Annual statistical returns and brief notes on vaccination in Bengal - 1896-1909
Year: 1896
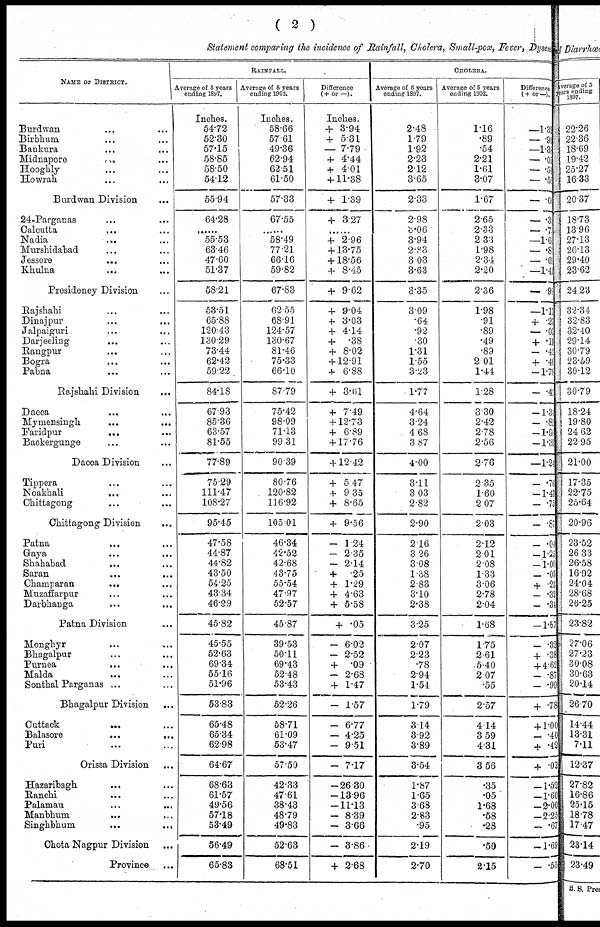
( 2 )
Statement comparing the incidence of Rainfall, Cholera, Small-pox, Fever, Dysen
NAME OF DISTRICT.
Burdwan ... ...
Birbhum ... ...
Bankura ... ...
Midnapore
...
...
Hooghly ... ...
Howrah ... ...
Burdwan Division ...
24-Parganas ... ...
Calcutta
...
...
Nadia
...
...
Murshidabad ... ...
Jessore ... ...
Khulna
...
...
Presidency Division ...
Rajshahi ... ...
Dinajpur
...
...
Jalpaiguri ... ...
Darjeeling ... ...
Bangpur ... ...
Bogra ... ...
Pabna ... ...
Rajshahi Division ...
Dacca ... ...
Mymensingh ... ...
Faridpur
...
...
Backergunge ... ...
Dacca Division ... ...
Tippera ... ...
Noakbali
...
...
Chittagong ... ...
Chittagong Division
...
Patna ... ...
Gaya ... ...
Shahabad
...
...
Saran
...
...
Champaran
...
...
Muzaffarpur ... ...
Darbhanga ... ...
Patna Division ...
Monghyr ... ...
Bhagalpur ... ...
Purnea
...
...
Malda
...
...
Sonthal Parganas ...
Bhagalpur Division ...
Cuttack ... ...
Balasore ... ...
Puri ... ...
Orissa Division ...
Hazaribagh ... ...
Ranchi ... ...
Palamau ... ...
Manbhum ... ...
Singhbhum
...
...
Chota Nagpur Division ...
Province ...
RAINFALL.
Average of 5 years
ending 1897.
Inches.
54.72
52.30
57.15
58.85
58.50
54.12
55.94
64.28
......
55.53
63.46
47.60
51.37
58.21
53.51
65.88
120.43
130.29
73.44
62.42
59.22
84.18
67.93
85.36
63.57
81.55
77.89
75.29
111.47
108.27
95.45
47.58
44.87
44.82
43.50
54.25
43.34
46.99
45.82
45.55
52.63
69.34
55.16
51.96
53.83
65.48
65.34
62.98
64.67
68.63
61.57
49.56
57.18
53.49
56.49
65.83
Average of 5 years
ending 1902.
Inches.
58.66
57.61
49.36
62.94
62.51
61.50
57.33
67.55
......
58.49
77.21
66.16
59.82
67.83
62.55
68.91
124.57
130.67
81.46
75.33
66.10
87.79
75.42
98.09
71.13
99.31
90.39
80.76
120.82
116.92
105.01
46.34
42.52
42.68
43.75
55.54
47.97
52.57
45.87
39.53
50.11
69.43
52.48
53.43
52.26
58.71
61.09
53.47
57.50
42.33
47.61
38.43
48.79
49.83
52.63
68.51
Difference
(+or—).
Inches.
+ 3.94
+ 5.31
— 7.79
+ 4.44
+ 4.01
+ 11.38
+ 1.39
+ 3.27
......
+ 2.96
+ 13.75
+18.56
+ 8.45
+ 9.62
+ 9.04
+ 3.03
+ 4.14
+
.38
+ 8.02
+ 12.91
+ 6.88
+ 3.61
+ 7.49
+ 12.73
+ 6.89
+ 17.76
+ 12.42
+ 5.47
+ 9.35
+ 8.65
+ 9.56
— 1.24
— 2.35
— 2.14
+ .25
+ 1.29
+ 4.63
+ 5.58
+ .05
— 6.02
— 2.52
+ .09
— 2.68
+ 1.47
— 1.57
— 6.77
— 4.25
— 9.51
— 7.17
—26.30
—13.96
—11.13
— 8.39
— 3.66
— 3.86
+ 2.68
CHOLERA.
Average of 5 years
ending 1897.
2.48
1.79
1.92
2.23
2.12
3.65
2.33
2.98
3.06
3.94
2.83
3.03
3.63
3.35
3.09
.64
.92
.30
1.31
1.55
3.23
1.77
4.64
3.24
4.68
3.87
4.00
3.11
3.03
2.82
2.90
2.16
3.26
3.08
1.38
2.83
3.10
2.38
3.25
2.07
2.23
.78
2.94
1.54
1.79
3.14
3.92
3.89
3.54
1.87
1.65
3.68
2.83
.95
2.19
2.70
Average of 5 years
ending 1902.
1.16
.89
.54
2.21
1.61
3.07
1.67
2.65
2.33
2.33
1.98
2.34
2.20
2.36
1.98
.91
.89
.49
.89
2.01
1.44
1.28
3.30
2.42
2.78
2.56
2.76
2.35
1.60
2.07
2.03
2.12
2.01
2.08
1.33
3.06
2.78
2.04
1.68
1.75
2.61
5.40
2.07
.55
2.57
4.14
3.59
4.31
3.56
.35
.05
1.68
.58
.28
.50
2.15
Difference
(+ or —).
—1.32
— .96
—1.30
— .02
— .51
— .58
— .60
— .30
— .70
—1.61
— . 80
— .60
—1.40
— .99
—1.11
+ .27
— . 03
+ .19
— .42
+ .46
—1.79
— .49
—1.30
—. 82
—1.90
—1.31
—1.24
— .76
—1.43
— .75
— .87
— .04
—1.25
—1.00
— .05
+ .23
— .32
—.34
—1.57
— .32
+ .38
+ 4.62
— .87
— .99
+ .78
+ 1.00
— .40
+ .42
+ .02
—1.52
—1.60
—2.00
—2.25
— .67
—1.69
— .55